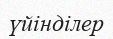
үйінділер